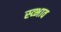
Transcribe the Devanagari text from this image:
स्व्भाव